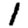
Digit: 1